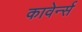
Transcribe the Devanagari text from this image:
कावेर्न्स